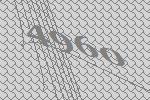
4960